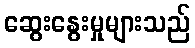
ဆွေးနွေးမှုများသည်